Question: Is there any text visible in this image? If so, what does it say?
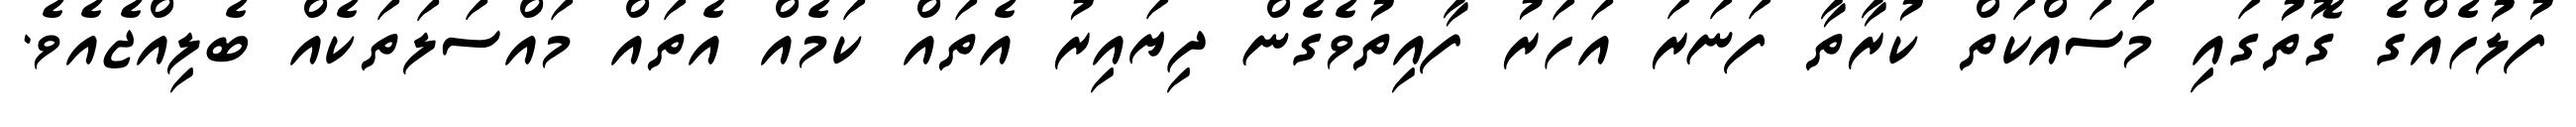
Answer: ފުލުހެއްގެ ގޮތުގައި މަސައްކަތް ކުރާތާ ފަނަރަ އަހަރު ފާއިތުވެގެން ދިޔައިރު އެތައް ކަމެއް އެތައް މައްސަލަތަކެއް ބެލިއްޖެއެވެ.